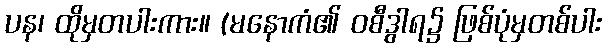
ပန၊ ထိုမှတပါးကား။ (မနောကံ၏ ဝစီဒွါရ၌ ဖြစ်ပုံမှတစ်ပါး